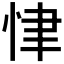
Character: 𢘶